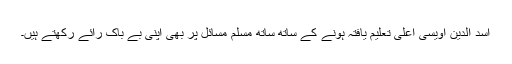
اسد الدین اویسی اعلیٰ تعلیم یافتہ ہونے کے ساتھ ساتھ مسلم مسائل پر بھی اپنی بے باک رائے رکھتے ہیں۔